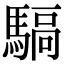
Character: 𩤬